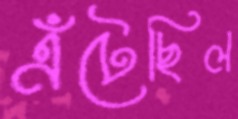
এঁটেছিল